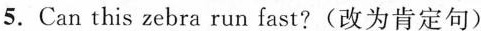
5.Can this zebra run fast?(改为肯定句)